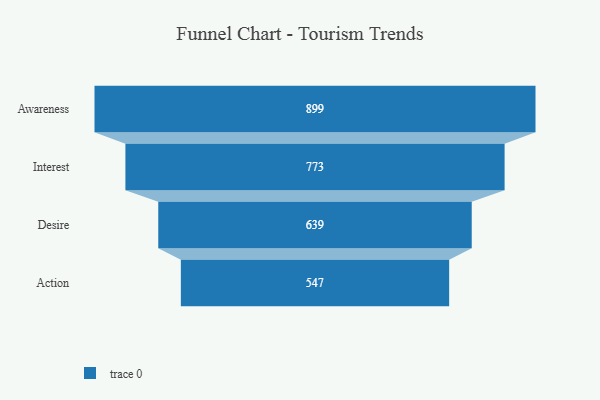
{"axis": {"x": "Stage", "y": "Value"}, "legend": [""], "data": [{"x": "Awareness", "y": 899.0, "type": ""}, {"x": "Interest", "y": 773.0, "type": ""}, {"x": "Desire", "y": 639.0, "type": ""}, {"x": "Action", "y": 547.0, "type": ""}]}